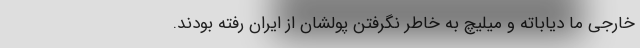
خارجی ما دیاباته و میلیچ به خاطر نگرفتن پولشان از ایران رفته بودند.